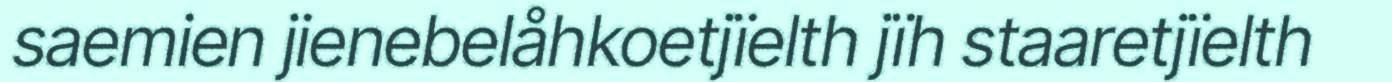
saemien jienebelåhkoetjïelth jïh staaretjïelth